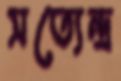
সত্যেন্দ্র